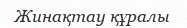
Жинақтау құралы